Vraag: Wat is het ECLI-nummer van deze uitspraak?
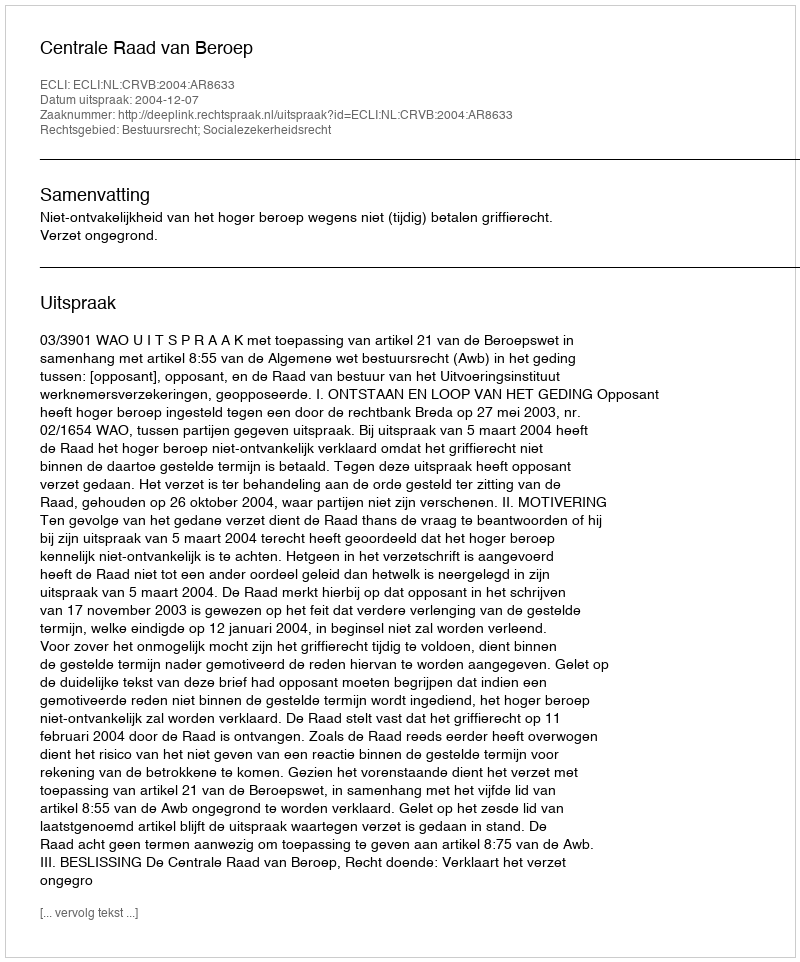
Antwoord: ECLI:NL:CRVB:2004:AR8633